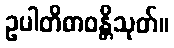
ဥပါတိဓာဝန္တိသုတ်။